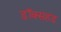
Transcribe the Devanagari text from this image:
डॉक्सहंड